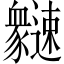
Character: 𲆍